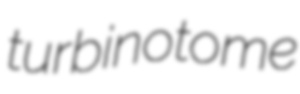
turbinotome